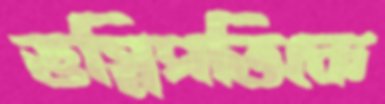
ভগ্নিপতিকে